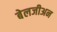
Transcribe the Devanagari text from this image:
बेलजीअन